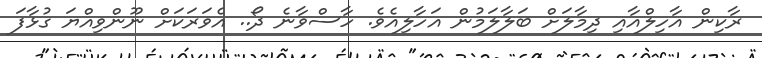
ރާކިން އާހިލްއާއި ދިމާލަށް ބަލާލަމުން އަހާލިއެވެ. ހާސްވާނެ ދޯ.. އެވަރަކަށް ނޫންވިއްޔަ ގުޅާފަ